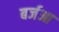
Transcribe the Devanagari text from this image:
बर्जआ